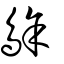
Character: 鵌